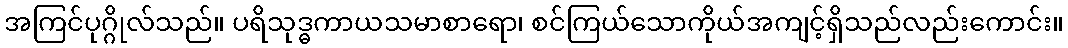
အကြင်ပုဂ္ဂိုလ်သည်။ ပရိသုဒ္ဓကာယသမာစာရော၊ စင်ကြယ်သောကိုယ်အကျင့်ရှိသည်လည်းကောင်း။